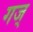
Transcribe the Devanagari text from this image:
गज्